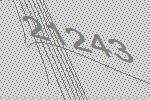
21243